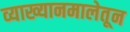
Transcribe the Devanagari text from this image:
व्याख्यानमालेतून